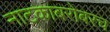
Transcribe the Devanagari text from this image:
नाटकाबरोबरच